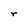
Character: r